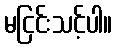
မငြင်းသင့်ပါ။